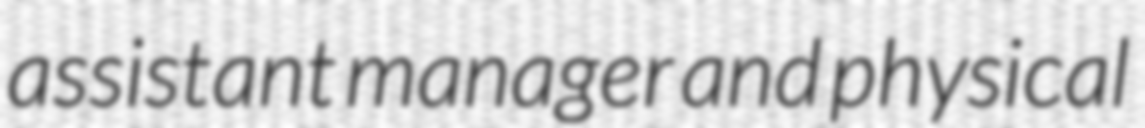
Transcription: assistant manager and physical